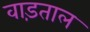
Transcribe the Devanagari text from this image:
वाड़ताल